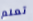
تعلم